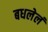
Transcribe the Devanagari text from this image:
बधलेलं